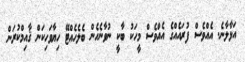
އަޅާލާނެ. އެއްވެސް ފުރައެއްގެ އެއްވެސް މީހަކު ބާކީ ނުވާނެހެން ބެލެހެއްޓޭ ހިޔާވަހިކަން ޤާއިމްކުރަން